Vaccination North-Western Provinces and Oudh 1878-1895 - 1878-1895
Year: 1878
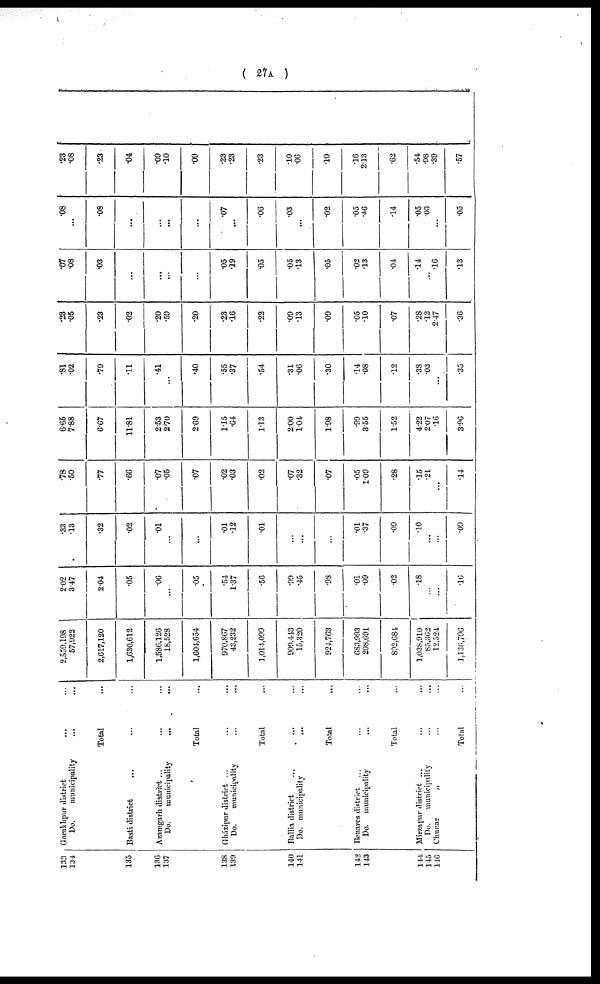
( 27A )
133
134
135
136
137
138
139
140
141
142
143
144
145
146
Gorakhpur district ... ...
Do.
municipality ... ...
Total ...
Basti district
... ... ...
Azamgarh district ... ... ...
Do.
municipality
...
... ...
Total ...
Gházipur district ... ... ...
Do.
municipality ... ... ...
Total ...
Ballia district ... ... ...
Do. municipality ... ... ...
Total ...
Benares district ... ... ...
Do. municipality ... ...
Total ...
Mirzapur district ... ... ...
Do.
municipality ... ... ...
Chunar
„ ... ...
Total ...
2,559,198
57,922
2,617,120
1,630,612
1,586,126
18,528
1,604,654
970,867
43,232
1,014,099
909,443
15,320
924,763
683,993
208,691
892,684
1,038,910
85,362
12,524
1,136,796
2.02
3.47
2.04
.05
.06
...
.05
.54
1.37
.56
.99
.45
.98
.01
.09
.02
.18
...
...
.16
.33
.13
.32
.02
.01
...
...
.01
.12
.01
...
...
...
.01
.37
.09
.10
...
...
.09
.78
.50
.77
.66
.07
.05
.07
.02
.03
.02
.07
.32
.07
.05
1.09
.28
.15
.21
...
.14
6.65
7.88
6.67
11.81
2.53
2.70
2.69
1.15
.64
1.13
2.00
1.04
1.98
.99
3.55
1.52
4.22
2.07
.16
3.96
.81
.02
.79
.11
.41
...
.40
.55
.37
.54
.31
.06
.30
.14
.08
.12
.38
.03
...
.35
.23
.05
.23
.02
.20
.59
.20
.23
.16
.22
.09
.13
.09
.05
.10
.07
.28
.12
2.47
.36
.07
.08
.03
...
...
...
...
.05
.19
.05
.05
.13
.05
.02
.13
.04
.14
...
.16
.13
.08
...
.08
...
...
...
...
.07
...
.06
.03
...
.02
.05
.46
.14
.05
.03
...
.05
.23
.08
.23
.04
.09
.10
.09
.23
.23
.23
.10
.06
.10
.16
2.13
.62
.54
.98
.39
.57